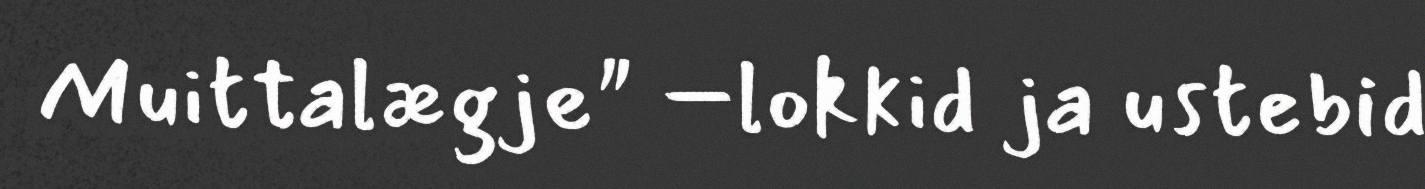
Muittalægje" –lokkid ja ustebid